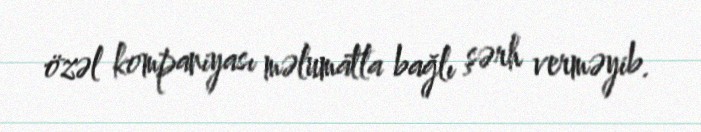
özəl kompaniyası məlumatla bağlı şərh verməyib.